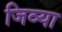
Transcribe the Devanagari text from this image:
जिव्या